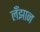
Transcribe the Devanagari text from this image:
लँझान